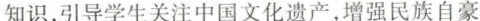
知识，引导学生关注中国文化遗产，增强民族自豪